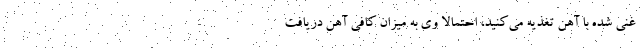
غنی شده با آهن تغذیه می‌کنید، احتمالا وی به میزان کافی آهن دریافت